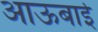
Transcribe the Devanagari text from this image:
आऊबाई